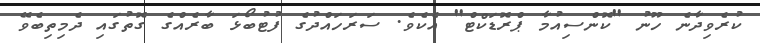
ކުރެވިދާނެ ހޫނު "ކޮންސިއުމާ ޕްރޮޑަކްޓް" އެކެވެ. ސަރަހައްދުގެ ފުޓުބޯޅަ ބާރެއްގެ ގޮތުގައި ދެމިތިބެވޭ